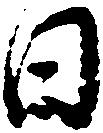
日